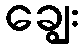
ချွေး